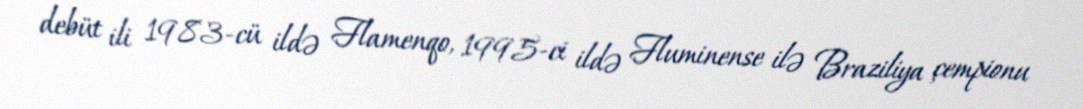
debüt ili 1983-cü ildə Flamenqo, 1995-ci ildə Fluminense ilə Braziliya çempionu